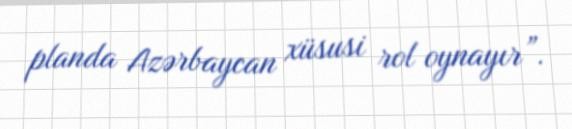
planda Azərbaycan xüsusi rol oynayır”.